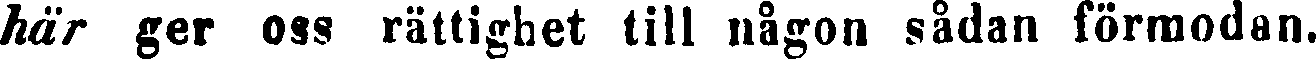
här ger oss rättighet till någon sådan förmodan.